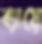
ব্যায়ে